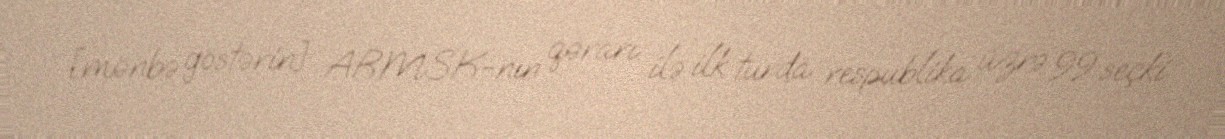
[mənbə göstərin] ARMSK-nın qərarı ilə ilk turda respublika üzrə 99 seçki